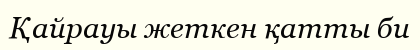
Қайрауы жеткен қатты би